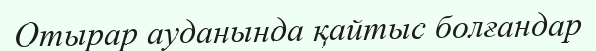
Отырар ауданында қайтыс болғандар